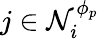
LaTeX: j\in\mathcal{N}_{i}^{\phi_{p}}